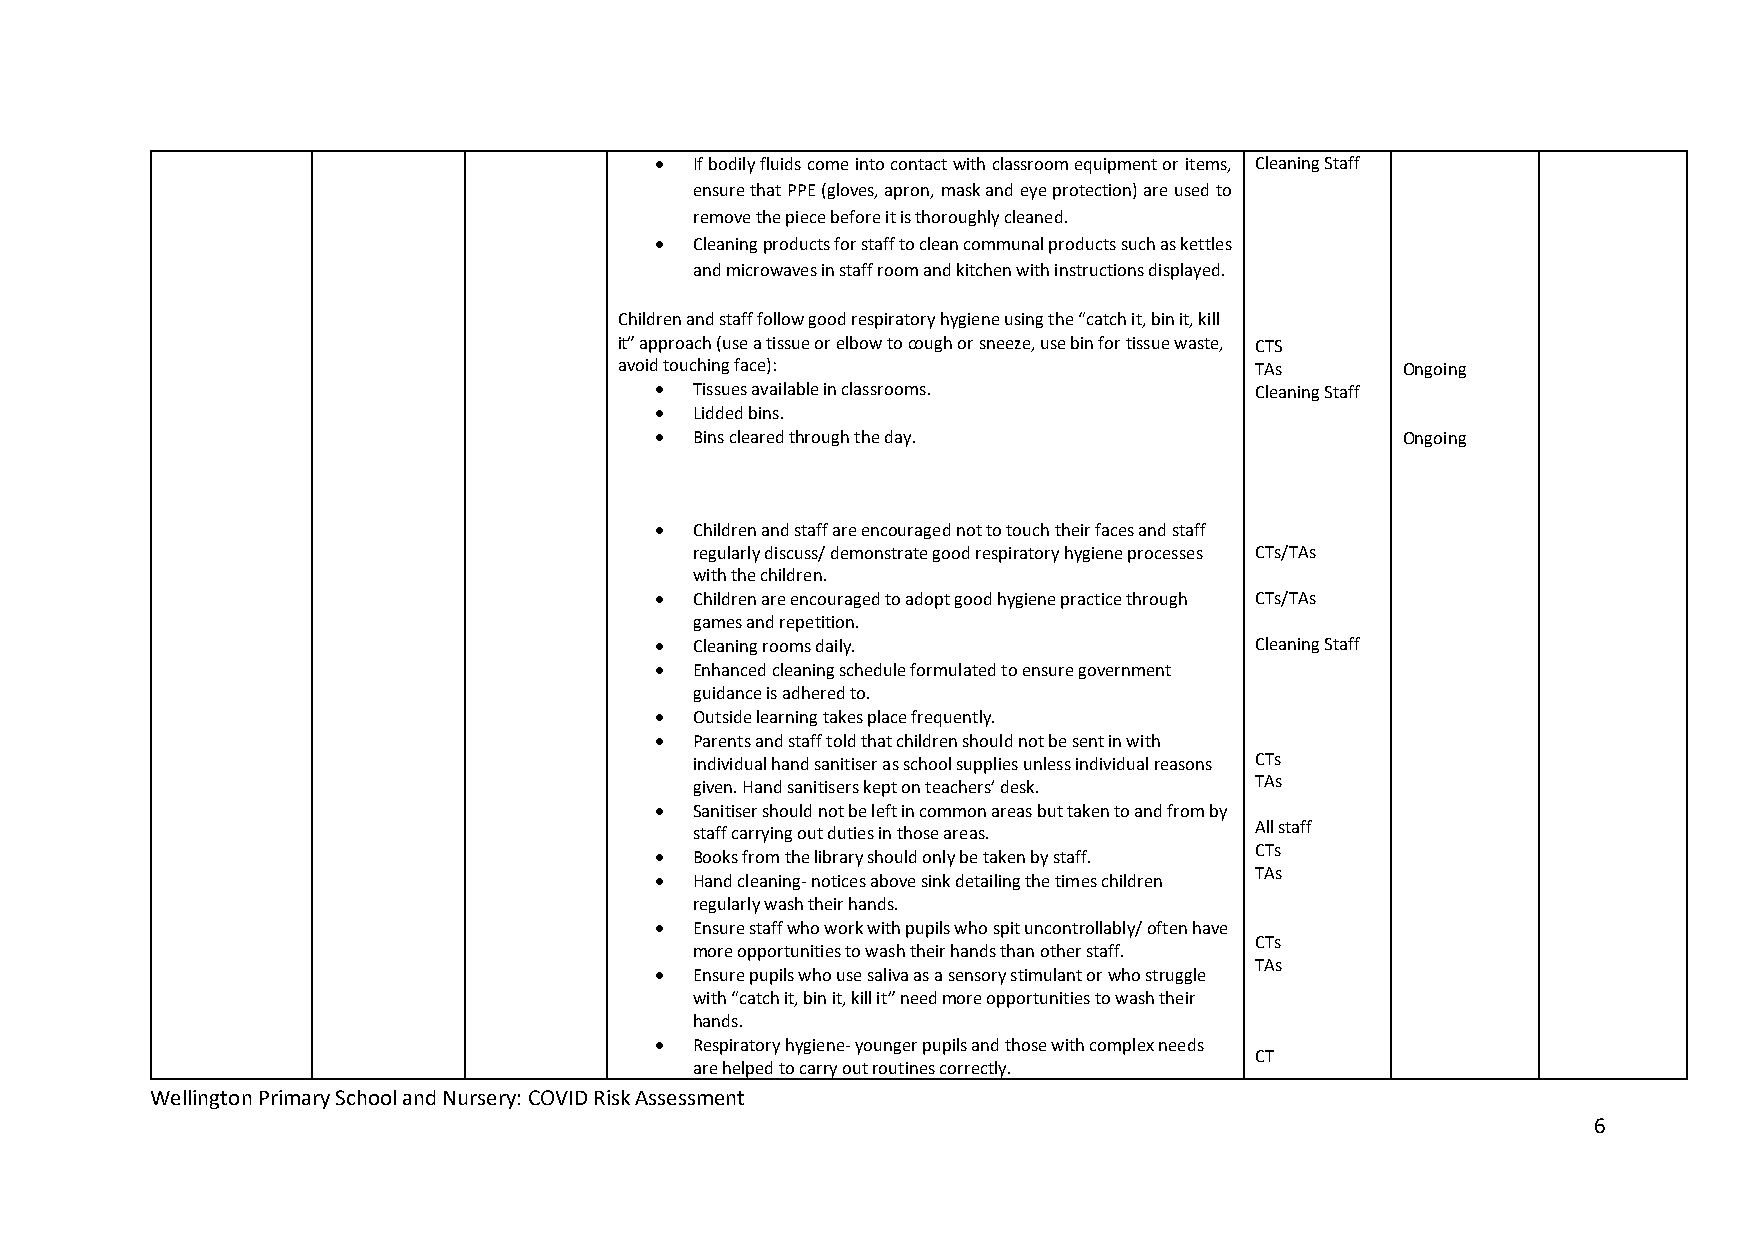
  If bodily fluids come into contact with classroom equipment or items, Cleaning Staff
 ensure that PPE (gloves, apron, mask and eye protection) are used to
 remove the piece before it is thoroughly cleaned.
   Cleaning products for staff to clean communal products such as kettles
 and microwaves in staff room and kitchen with instructions displayed.
 Children and staff follow good respiratory hygiene using the “catch it, bin it, kill
 it” approach (use a tissue or elbow to cough or sneeze, use bin for tissue waste, CTS
 avoid touching face):                     TAs       Ongoing
   Tissues available in classrooms.     Cleaning Staff
   Lidded bins.
   Bins cleared through the day.                  Ongoing
   Children and staff are encouraged not to touch their faces and staff
 regularly discuss/ demonstrate good respiratory hygiene processes CTs/TAs
 with the children.
   Children are encouraged to adopt good hygiene practice through CTs/TAs
 games and repetition.
   Cleaning rooms daily.                Cleaning Staff
   Enhanced cleaning schedule formulated to ensure government
 guidance is adhered to.
   Outside learning takes place frequently.
   Parents and staff told that children should not be sent in with
 individual hand sanitiser as school supplies unless individual reasons CTs
 given. Hand sanitisers kept on teachers’ desk. TAs
   Sanitiser should not be left in common areas but taken to and from by
 staff carrying out duties in those areas. All staff
 CTs
   Books from the library should only be taken by staff.
 TAs
   Hand cleaning- notices above sink detailing the times children
 regularly wash their hands.
   Ensure staff who work with pupils who spit uncontrollably/ often have
 CTs
 more opportunities to wash their hands than other staff.
 TAs
   Ensure pupils who use saliva as a sensory stimulant or who struggle
 with “catch it, bin it, kill it” need more opportunities to wash their
 hands.
   Respiratory hygiene- younger pupils and those with complex needs
 CT
 are helped to carry out routines correctly.
 Wellington Primary School and Nursery: COVID Risk Assessment
 6